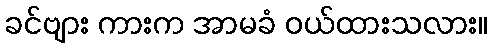
ခင်ဗျား ကားက အာမခံ ဝယ်ထားသလား။